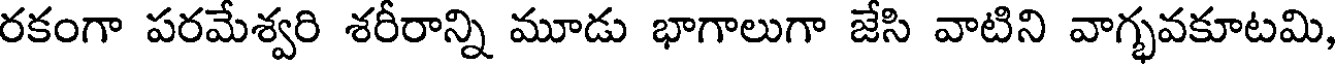
రకంగా పరమేశ్వరి శరీరాన్ని మూడు భాగాలుగా జేసి వాటిని వాగ్భవకూటమి,